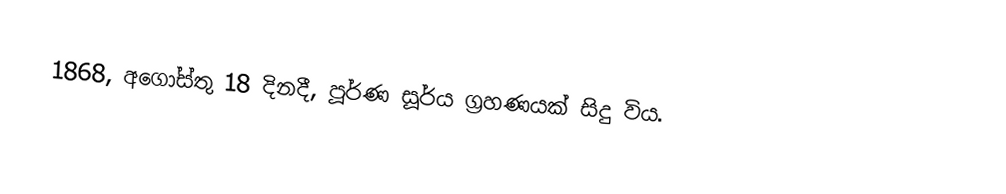
1868, අගෝස්තු 18 දිනදී, පූර්ණ සූර්ය ග්‍රහණයක් සිදු විය.